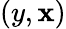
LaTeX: (y,\mathbf{x})